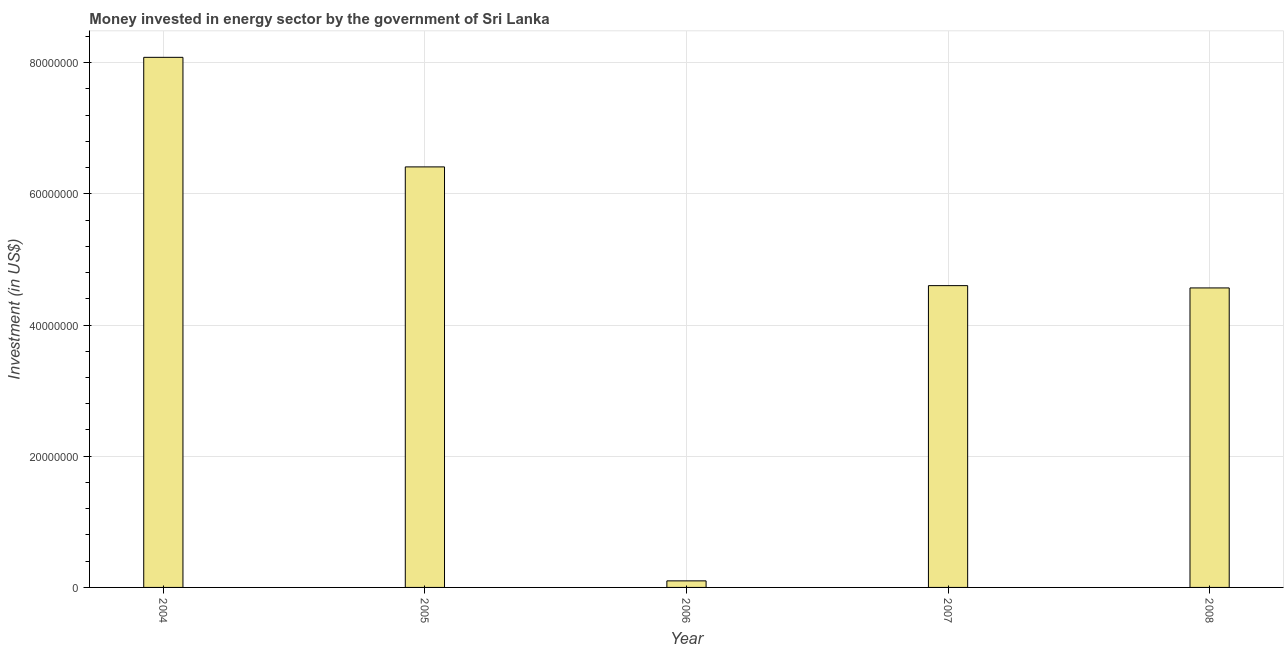
| Year | Investment in energy with private participation (current US$) |
 | --- | --- |
 | 2004 | 8.08e+07 |
 | 2005 | 6.41e+07 |
 | 2006 | 1e+06 |
 | 2007 | 4.6e+07 |
 | 2008 | 4.56e+07 |